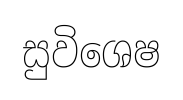
සුවිශෙෂ